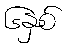
၆နှစ်